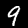
Digit: 9